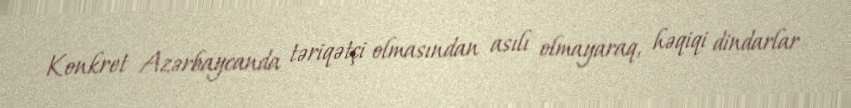
Konkret Azərbaycanda təriqətçi olmasından asılı olmayaraq, həqiqi dindarlar